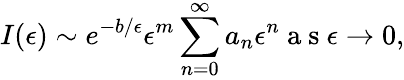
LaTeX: I(\epsilon)\sim e^{-b/\epsilon}\epsilon^{m}\sum_{n=0}^{\infty}a_{n}\epsilon^{n}\mathrm{~a~s~}\epsilon\to 0,